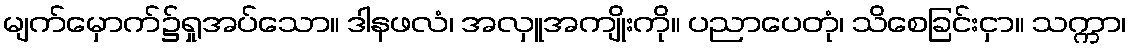
မျက်မှောက်၌ရှုအပ်သော။ ဒါနဖလံ၊ အလှူအကျိုးကို။ ပညာပေတုံ၊ သိစေခြင်းငှာ။ သက္ကာ၊